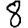
Digit: 8